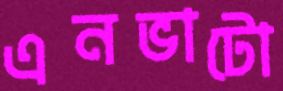
এনভাটো